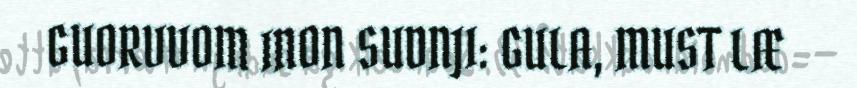
GUORVVOM INON SUDNJI: GULA, MUST LÆ